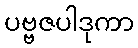
ပဗ္ဗဇပါဒုကာ